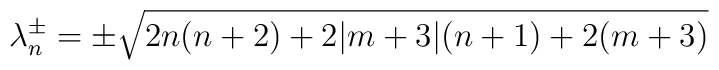
\lambda_n^\pm=\pm \sqrt{2n(n+2)+2\vert m+3\vert(n+1)+2(m+3)}